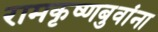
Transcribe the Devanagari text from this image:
रामकृष्णबुवांना